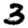
Digit: 3